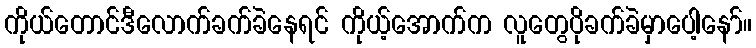
ကိုယ်တောင်ဒီလောက်ခက်ခဲနေရင် ကိုယ့်အောက်က လူတွေပိုခက်ခဲမှာပေါ့နော်။